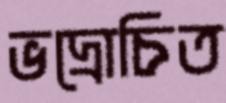
ভদ্রোচিত